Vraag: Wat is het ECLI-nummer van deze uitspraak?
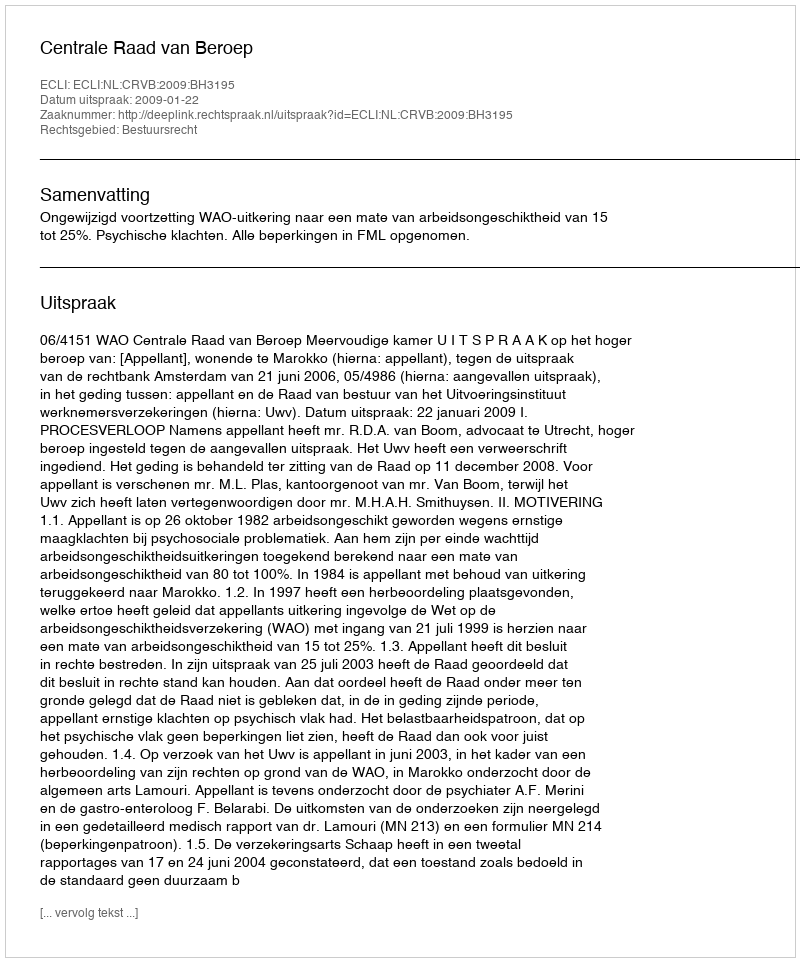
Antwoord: ECLI:NL:CRVB:2009:BH3195